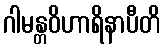
ဂါမန္တဝိဟာရိနာပီတိ